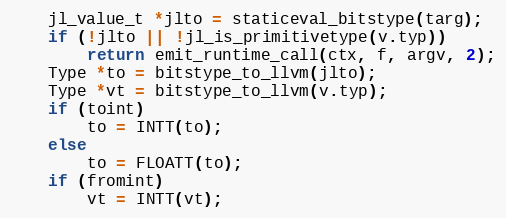
Language: C++
    jl_value_t *jlto = staticeval_bitstype(targ);
    if (!jlto || !jl_is_primitivetype(v.typ))
        return emit_runtime_call(ctx, f, argv, 2);
    Type *to = bitstype_to_llvm(jlto);
    Type *vt = bitstype_to_llvm(v.typ);
    if (toint)
        to = INTT(to);
    else
        to = FLOATT(to);
    if (fromint)
        vt = INTT(vt);